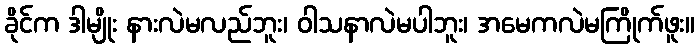
ခိုင်က ဒါမျိုး နားလဲမလည်ဘူး၊ ဝါသနာလဲမပါဘူး၊ အမေကလဲမကြိုက်ဖူး။